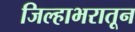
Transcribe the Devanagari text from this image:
जिल्हाभरातून